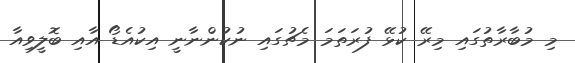
މި މުބާރާތުގައި މިރޭ ކުޅޭ ފުރަތަމަ މެޗުގައި ނުކުންނާނީ އިކުއެޑޯ އާއި ބޮލީވިއާ